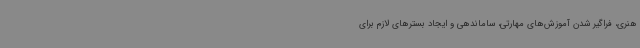
هنری، فراگیر شدن آموزش‌های مهارتی، ساماندهی و ایجاد بسترهای لازم برای